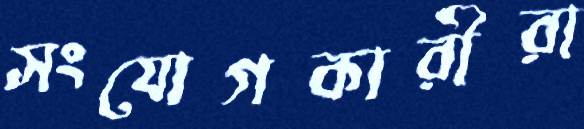
সংযোগকারীরা